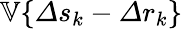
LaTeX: \mathbb{V}\{ \varDelta s_{k}-\varDelta r_{k}\}